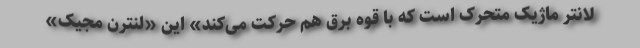
لانتر ماژیکِ متحرک است که با قوه برق هم حرکت می‌کند» این «لنترن مجیک»